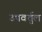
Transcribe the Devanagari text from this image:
उपवर्तुल